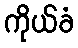
ကိုယ်ခံ